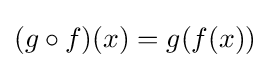
(g\circ f)(x)=g(f(x))